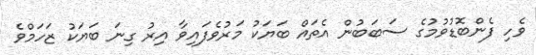
ވެހި ފެންބޮޑުވުމުގެ ސަބަބުން އެތައް ބަޔަކު މަރުވެފައިވާ އިރު ގިނަ ބަޔަކު ޒަހަމްވެ